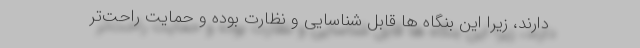
دارند، زیرا این بنگاه ها قابل شناسایی و نظارت بوده و حمایت راحت‌تر